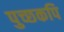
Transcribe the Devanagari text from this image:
पुच्छकपि